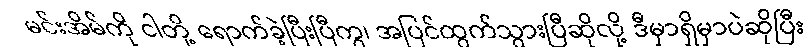
မင်းအိမ်ကို ငါတို့ ရောက်ခဲ့ပြီးပြီကွ၊ အပြင်ထွက်သွားပြီဆိုလို့ ဒီမှာရှိမှာပဲဆိုပြီး